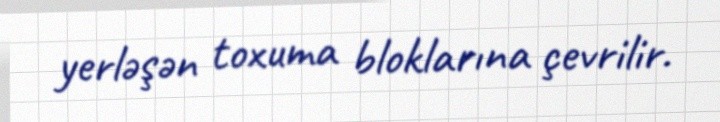
yerləşən toxuma bloklarına çevrilir.